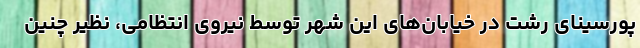
پورسینای رشت در خیابان‌های این شهر توسط نیروی انتظامی، نظیر چنین